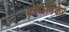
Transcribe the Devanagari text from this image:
कॉफीमेकर